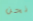
نحن